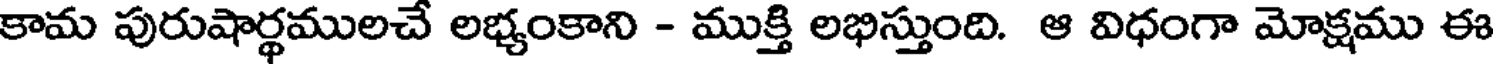
కామ పురుషార్థములచే లభ్యంకాని - ముక్తి లభిస్తుంది. ఆ విధంగా మోక్షము ఈ